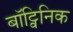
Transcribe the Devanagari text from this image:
बॉट्विनिक